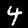
Label: 4